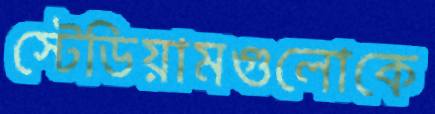
স্টেডিয়ামগুলোকে